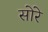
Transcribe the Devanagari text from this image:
सोरे